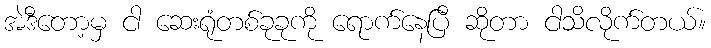
အဲဒီတော့မှ ငါ ဆေးရုံတစ်ခုခုကို ရောက်နေပြီ ဆိုတာ ငါသိလိုက်တယ်။